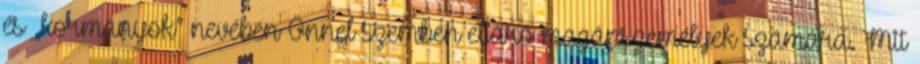
és „kormányok” nevében Önnel szemben eljáró magánszemélyek számára. Mit